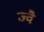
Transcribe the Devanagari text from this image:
ज्‍वै